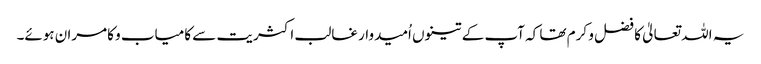
یہ اللہ تعالیٰ کا فضل و کرم تھا کہ آپ کے تینوں اُمیدوار غالب اکثریت سے کامیاب و کامران ہوئے۔